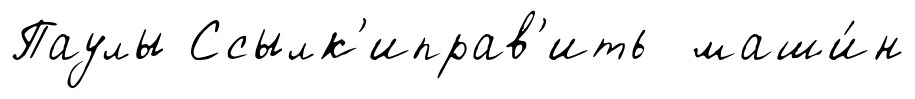
Паулы Ссылк'иправ'ить маши́н